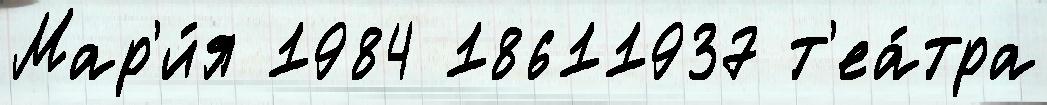
Мар'и́я 1984 18611937 т'еа́тра